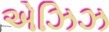
એઝિઝ